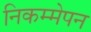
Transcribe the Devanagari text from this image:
निकम्मेपन